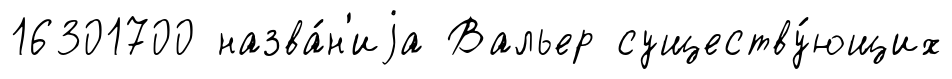
16301700 назва́н'иjа Вальер существу́ющих